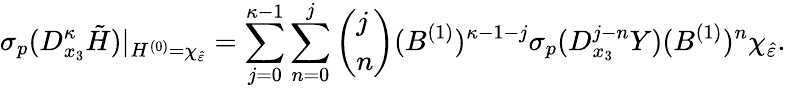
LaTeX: \sigma_{p}(D_{x_{3}}^{\kappa}\tilde{H})\vert_{H^{(0)}=\chi_{\hat{\varepsilon}}}=\sum_{j=0}^{\kappa-1}\sum_{n=0}^{j}\left(\begin{array}{l}{j}\\ {n}\end{array}\right)(B^{(1)})^{\kappa-1-j}\sigma_{p}(D_{x_{3}}^{j-n}Y)(B^{(1)})^{n}\chi_{\hat{\varepsilon}}.